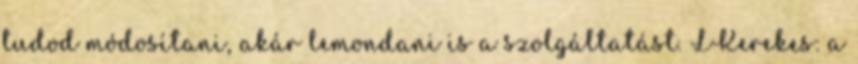
tudod módosítani, akár lemondani is a szolgáltatást. LKerekes: a